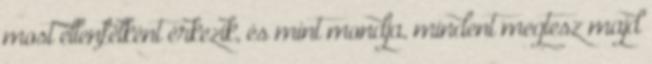
most ellenfélként érkezik, és mint mondja, mindent megtesz majd